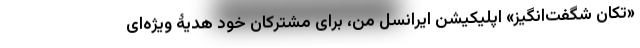
«تکان شگفت‌انگیز» اپلیکیشن ایرانسل من، برای مشترکان خود هدیۀ ویژه‌ای